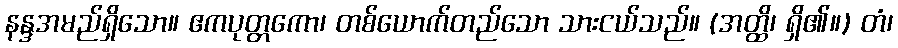
နန္ဒအမည်ရှိသော။ ဧကပုတ္တကော၊ တစ်ယောက်တည်သော သားငယ်သည်။ (အတ္ထိ၊ ရှိ၏။) တံ၊